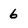
Character: 6